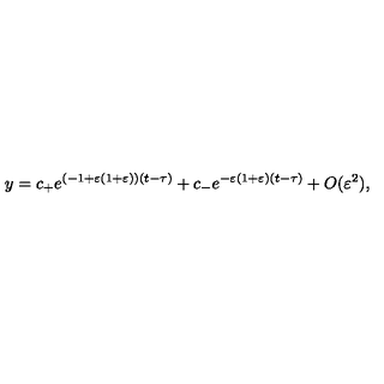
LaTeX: y = c _ { + } e ^ { ( - 1 + \varepsilon ( 1 + \varepsilon ) ) ( t - \tau ) } + c _ { - } e ^ { - \varepsilon ( 1 + \varepsilon ) ( t - \tau ) } + O ( \varepsilon ^ { 2 } ) ,